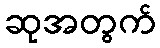
ဆုအတွက်